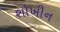
શોખીન